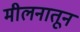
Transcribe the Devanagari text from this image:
मीलनातून